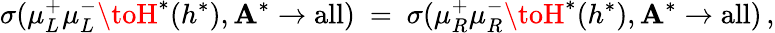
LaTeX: \sigma(\mu_{L}^{+}\mu_{L}^{-}\toH^{*}(h^{*}),\mathbf{A}^{*}\to\mathrm{{all}})\ =\ \sigma(\mu_{R}^{+}\mu_{R}^{-}\toH^{*}(h^{*}),\mathbf{A}^{*}\to\mathrm{{all}})\, ,